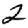
Digit: 2